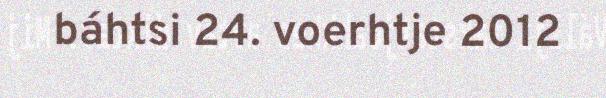
báhtsi 24. voerhtje 2012